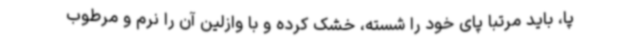
پا، باید مرتبا پای خود را شسته، خشک کرده و با وازلین آن را نرم و مرطوب